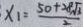
x _ { 1 } = \frac { 5 0 + 2 8 \sqrt { 3 } } { 2 }